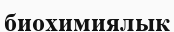
биохимиялык